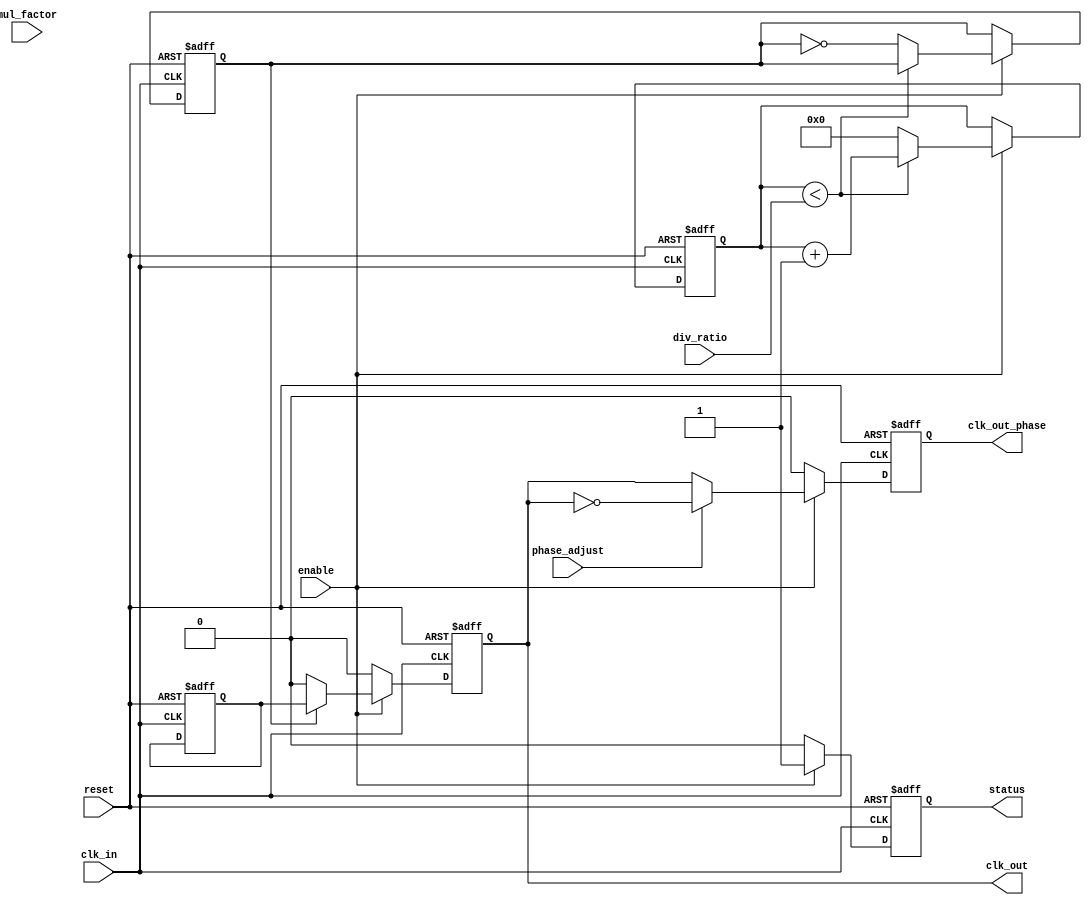
module ProgrammableClockBuffer (
    input wire clk_in,              // Input clock signal
    input wire [2:0] div_ratio,     // Frequency division ratio (3 bits for division by 1 to 8)
    input wire [2:0] mul_factor,     // Frequency multiplication factor (3 bits for multiplication by 1 to 8)
    input wire phase_adjust,         // Phase adjustment signal (simple toggle for example)
    input wire enable,               // Enable signal
    output reg clk_out,              // Output clock signal
    output reg clk_out_phase,        // Output clock with phase adjustment
    output reg status,               // Status indicator
    input wire reset                 // Reset signal
);

    reg [3:0] counter;               // Counter for frequency division and multiplication
    reg clk_div;                     // Internal divided clock signal
    reg clk_mul;                     // Internal multiplied clock signal

    always @(posedge clk_in or posedge reset) begin
        if (reset) begin
            counter <= 0;
            clk_div <= 0;
            clk_mul <= 0;
            clk_out <= 0;
            clk_out_phase <= 0;
            status <= 0;
        end else if (enable) begin
            // Frequency Division
            if (counter < div_ratio) begin
                counter <= counter + 1;
            end else begin
                clk_div <= ~clk_div;        // Toggle divided clock
                counter <= 0;               // Reset counter
            end

            // Frequency Multiplication
            if (clk_div) begin
                clk_out <= clk_mul;        // Output the multiplied clock
            end else begin
                clk_out <= 0;              // Reset output if division is not active
            end
            
            // Simple Phase Adjustment
            if (phase_adjust) begin
                clk_out_phase <= ~clk_out; // Phase adjustment example
            end else begin
                clk_out_phase <= clk_out;  // No phase adjustment
            end

            // Status Flag
            status <= 1;                  // Indicate that the clock buffer is active
        end else begin
            clk_out <= 0;                 // Disable output if not enabled
            clk_out_phase <= 0;           // Reset phase output
            status <= 0;                  // Indicate that the clock buffer is inactive
        end
    end

endmodule